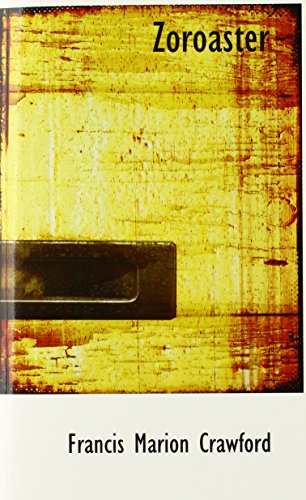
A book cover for Zoroaster; Francis Marion Crawford; Religion & Spirituality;